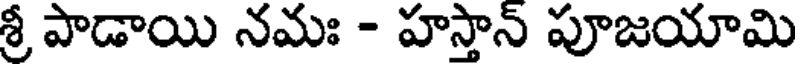
శ్రీ పాడాయి నమః - హస్తాన్ పూజయామి